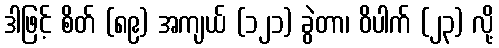
ဒါဖြင့် စိတ် (၈၉) အကျယ် (၁၂၁) ခွဲတာ၊ ဝိပါက် (၂၃) လို့